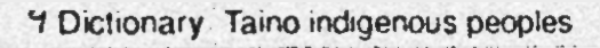
។ Dictionary  Taino indigenous peoples